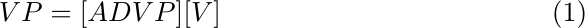
\begin{equation}
    VP= [ADVP] [V]
\label{VP}
\end{equation}